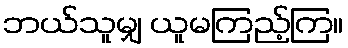
ဘယ်သူမျှ ယူမကြည့်ကြ။